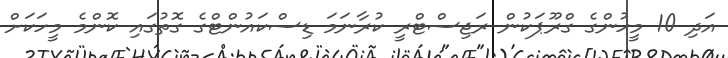
އަދި 10 މީހުންގެ ގްރޫޕަކުން ރަޖިސްޓްރީ ކުރާނަމަ ޑިސްކައުންޓްގެ ގޮތުގައި ކޮންމެ މީހަކަށް